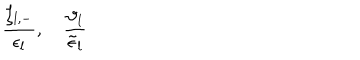
LaTeX: \frac { \zeta _ { l , - } } { \epsilon _ { l } } , \quad \frac { \vartheta _ { l } } { \tilde { \epsilon } _ { l } }